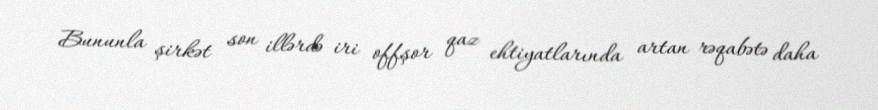
Bununla şirkət son illərdə iri offşor qaz ehtiyatlarında artan rəqabətə daha